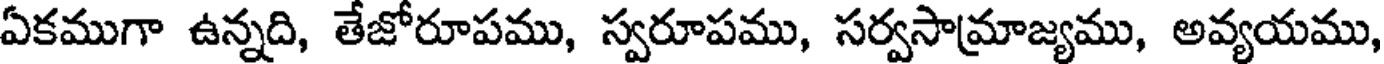
ఏకముగా ఉన్నది, తేజోరూపము, స్వరూపము, సర్వసామ్రాజ్యము, అవ్యయము,